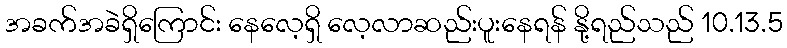
အခက်အခဲရှိကြောင်း နေလေ့ရှိ လေ့လာဆည်းပူးနေရန် နို့ရည်သည် 10.13.5